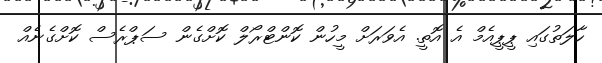
ހާލަތުގައި ޕީޕީއެމް އެ އޮތީ. އެވަރަށް މީހުން ކޮންޓްރޯލް ކޮށްގެން ސަޕްރެސް ކޮށްގެނެއް